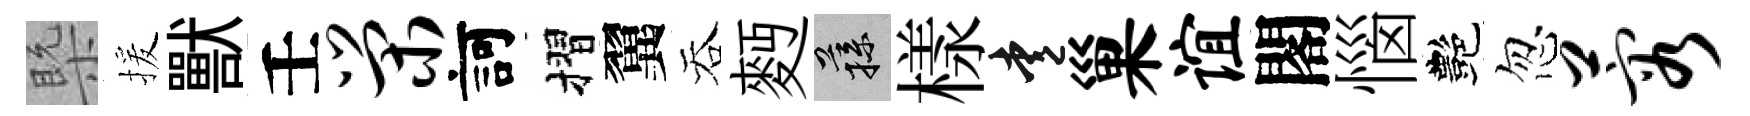
槩援獸壬荣訶摺翼吞麪蓀樣愛巢谊閣惱艷忽蓉